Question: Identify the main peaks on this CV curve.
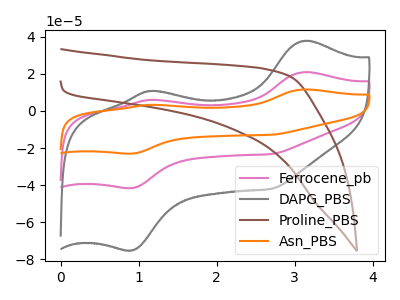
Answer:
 <answer>The pink curve "Ferrocene_pb" has anodic peaks at (3.15V, 20.95uA) (1.15V, 6.00uA) and cathodic peaks at (0.90V, -41.60uA) (2.70V, -23.20uA). The gray curve "DAPG_PBS" has anodic peaks at (3.15V, 37.85uA) (1.15V, 10.85uA) and cathodic peaks at (0.90V, -75.20uA) (2.70V, -42.00uA). The brown curve "Proline_PBS" has no peaks. The orange curve "Asn_PBS" has anodic peaks at (3.15V, 41.90uA) (1.15V, 12.00uA) and cathodic peaks at (0.90V, -83.15uA) (2.70V, -46.45uA).</answer>
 <eval></eval>